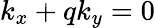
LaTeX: k_{x}+qk_{y}=0